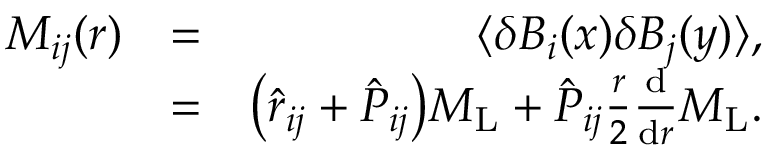
\begin{array} { r l r } { M _ { i j } ( r ) } & { = } & { \langle \delta B _ { i } ( \boldsymbol { x } ) \delta B _ { j } ( \boldsymbol { y } ) \rangle , } \\ & { = } & { \bigl ( \hat { r } _ { i j } + \hat { P } _ { i j } \bigl ) M _ { \mathrm { L } } + \hat { P } _ { i j } \frac { r } { 2 } \frac { \mathrm { d } } { \mathrm { d } r } M _ { \mathrm { L } } . } \end{array}